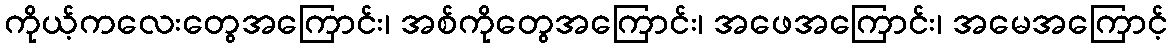
ကိုယ့်ကလေးတွေအကြောင်း၊ အစ်ကိုတွေအကြောင်း၊ အဖေအကြောင်း၊ အမေအကြောင့်